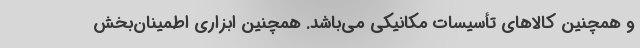
و همچنین کالاهای تأسیسات مکانیکی می‌باشد. همچنین ابزاری اطمینان‌بخش